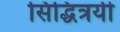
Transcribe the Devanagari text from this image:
सिद्धित्रयी